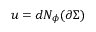
u = d N _ { \phi } ( \partial \Sigma )